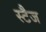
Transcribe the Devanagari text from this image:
स्टैज